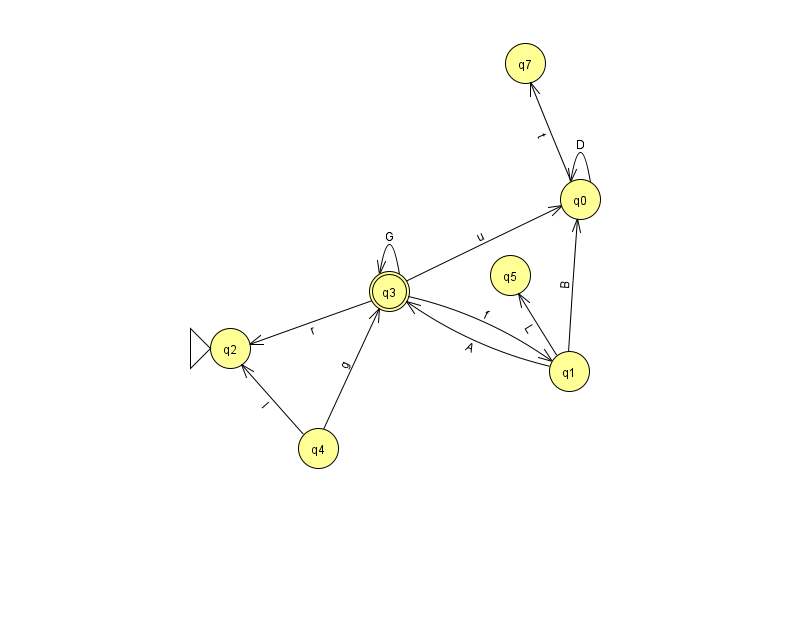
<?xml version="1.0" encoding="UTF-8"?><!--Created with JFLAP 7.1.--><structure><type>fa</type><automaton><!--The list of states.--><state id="0" name="q0"><x>580.0</x><y>186.0</y></state><state id="1" name="q1"><x>569.0</x><y>358.0</y></state><state id="2" name="q2"><x>230.0</x><y>335.0</y><initial/></state><state id="3" name="q3"><x>389.0</x><y>278.0</y><final/></state><state id="4" name="q4"><x>318.0</x><y>435.0</y></state><state id="5" name="q5"><x>510.0</x><y>262.0</y></state><state id="7" name="q7"><x>525.0</x><y>50.0</y></state><!--The list of transitions.--><transition><from>0</from><to>7</to><read>t</read></transition><transition><from>3</from><to>1</to><read>f</read></transition><transition><from>1</from><to>0</to><read>B</read></transition><transition><from>3</from><to>0</to><read>u</read></transition><transition><from>0</from><to>0</to><read>D</read></transition><transition><from>4</from><to>3</to><read>g</read></transition><transition><from>1</from><to>3</to><read>A</read></transition><transition><from>3</from><to>3</to><read>G</read></transition><transition><from>4</from><to>2</to><read>l</read></transition><transition><from>1</from><to>5</to><read>L</read></transition><transition><from>3</from><to>2</to><read>r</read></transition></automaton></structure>